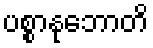
ပစ္စာနုဘောတိ